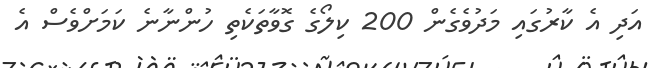
އަދި އެ ކާރުގައި މަދުވެގެން 200 ކިލޯގެ ގޮވާތަކެތި ހުންނާނެ ކަމަށްވެސް އެ